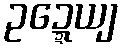
ဥဍ္ဍေယျ